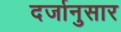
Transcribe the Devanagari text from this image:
दर्जानुसार